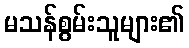
မသန်စွမ်းသူများ၏